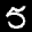
Label: 5